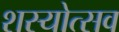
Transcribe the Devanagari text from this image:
शस्योत्सव